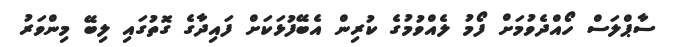
ސާޕްލަސް ހޯއްދެވުމަށް ފޯމު ލެއްވުމުގެ ކުރިން އެބޭފުޅަކަށް ފައިދާގެ ގޮތުގައި ލިބޭ މިންވަރު